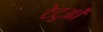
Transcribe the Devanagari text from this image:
टेटुओं